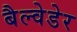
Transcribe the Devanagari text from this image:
बैल्वेडेर